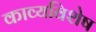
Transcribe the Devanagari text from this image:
काव्यविशेष